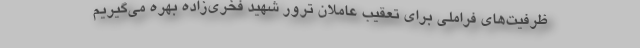
ظرفیت‌های فراملی برای تعقیب عاملان ترور شهید فخری‌زاده بهره می‌گیریم